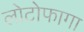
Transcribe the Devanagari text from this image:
लोटोफागा